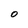
Character: O